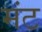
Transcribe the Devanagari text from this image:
मंट